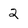
Character: 2